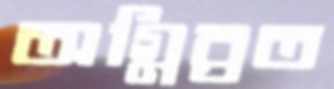
অগ্নিব্রত